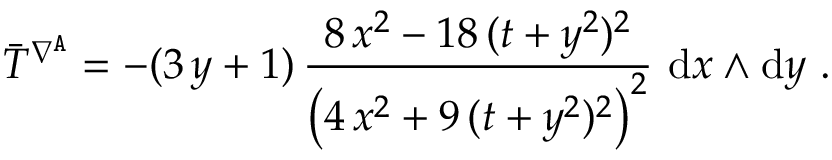
\bar { T } ^ { \nabla ^ { \mathtt { A } } } = - ( 3 \, y + 1 ) \, \frac { 8 \, x ^ { 2 } - 1 8 \, ( t + y ^ { 2 } ) ^ { 2 } } { \big ( 4 \, x ^ { 2 } + 9 \, ( t + y ^ { 2 } ) ^ { 2 } \big ) ^ { 2 } } \ \mathrm { d } x \wedge \mathrm { d } y \ .